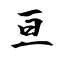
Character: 亘